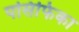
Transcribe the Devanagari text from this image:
पसिफिका